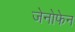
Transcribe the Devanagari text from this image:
जेनोफेन